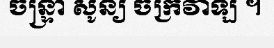
ចន្ទ្រា សូន្យ ចក្រវាឡ ។